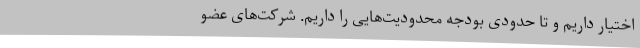
اختیار داریم و تا حدودی بودجه محدودیت‌هایی را داریم. شرکت‌های عضو